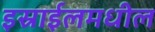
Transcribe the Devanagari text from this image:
इस्राईलमधील